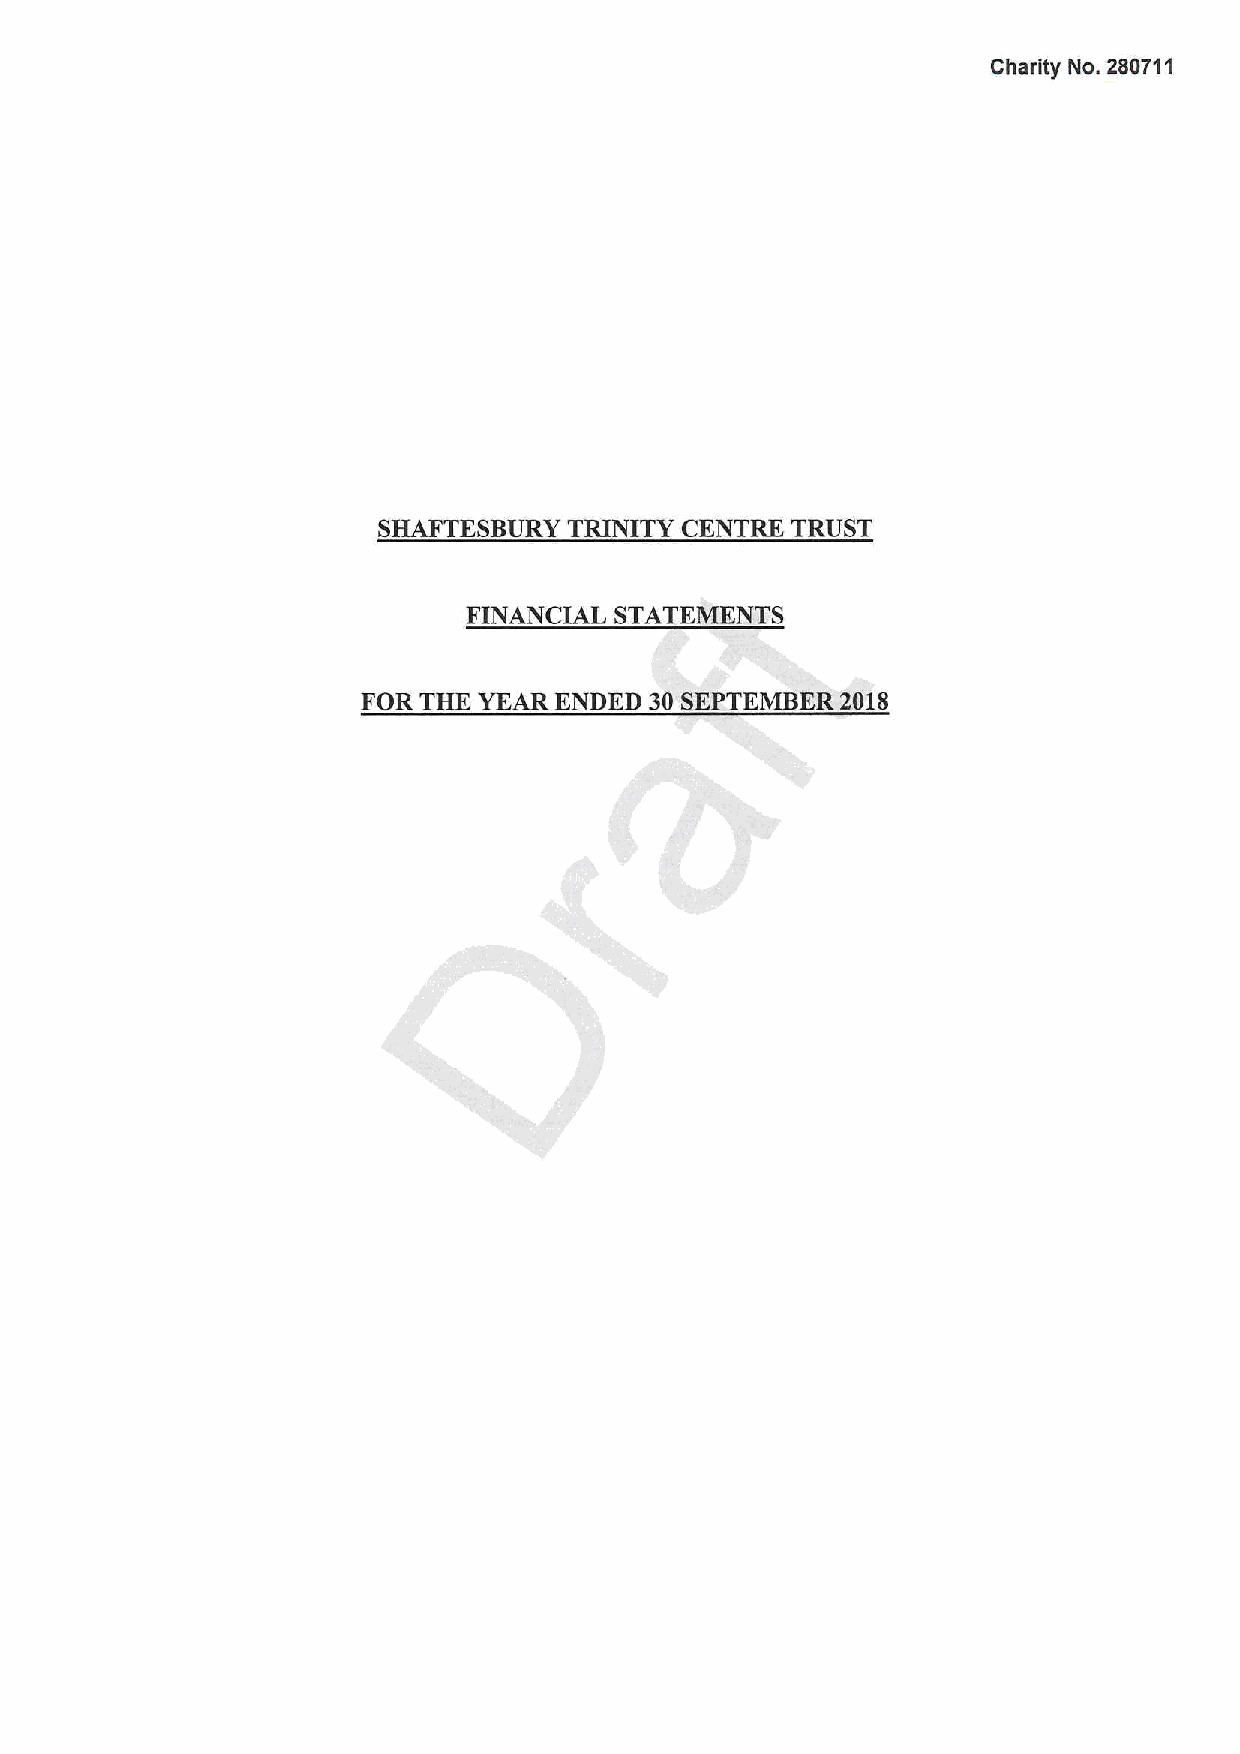
Charity No. 280711
 SHAFTESBURY  TRINITY CENTRE TRUST
 FINANCIAL STATEMENTS
 FOR THE YEAR ENDED 30 SEPTEMBER2018